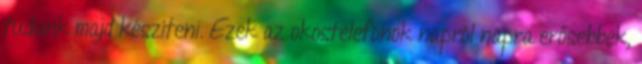
tudunk majd készíteni. Ezek az okostelefonok napról napra erősebbek,